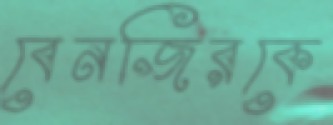
বেনজিরকে